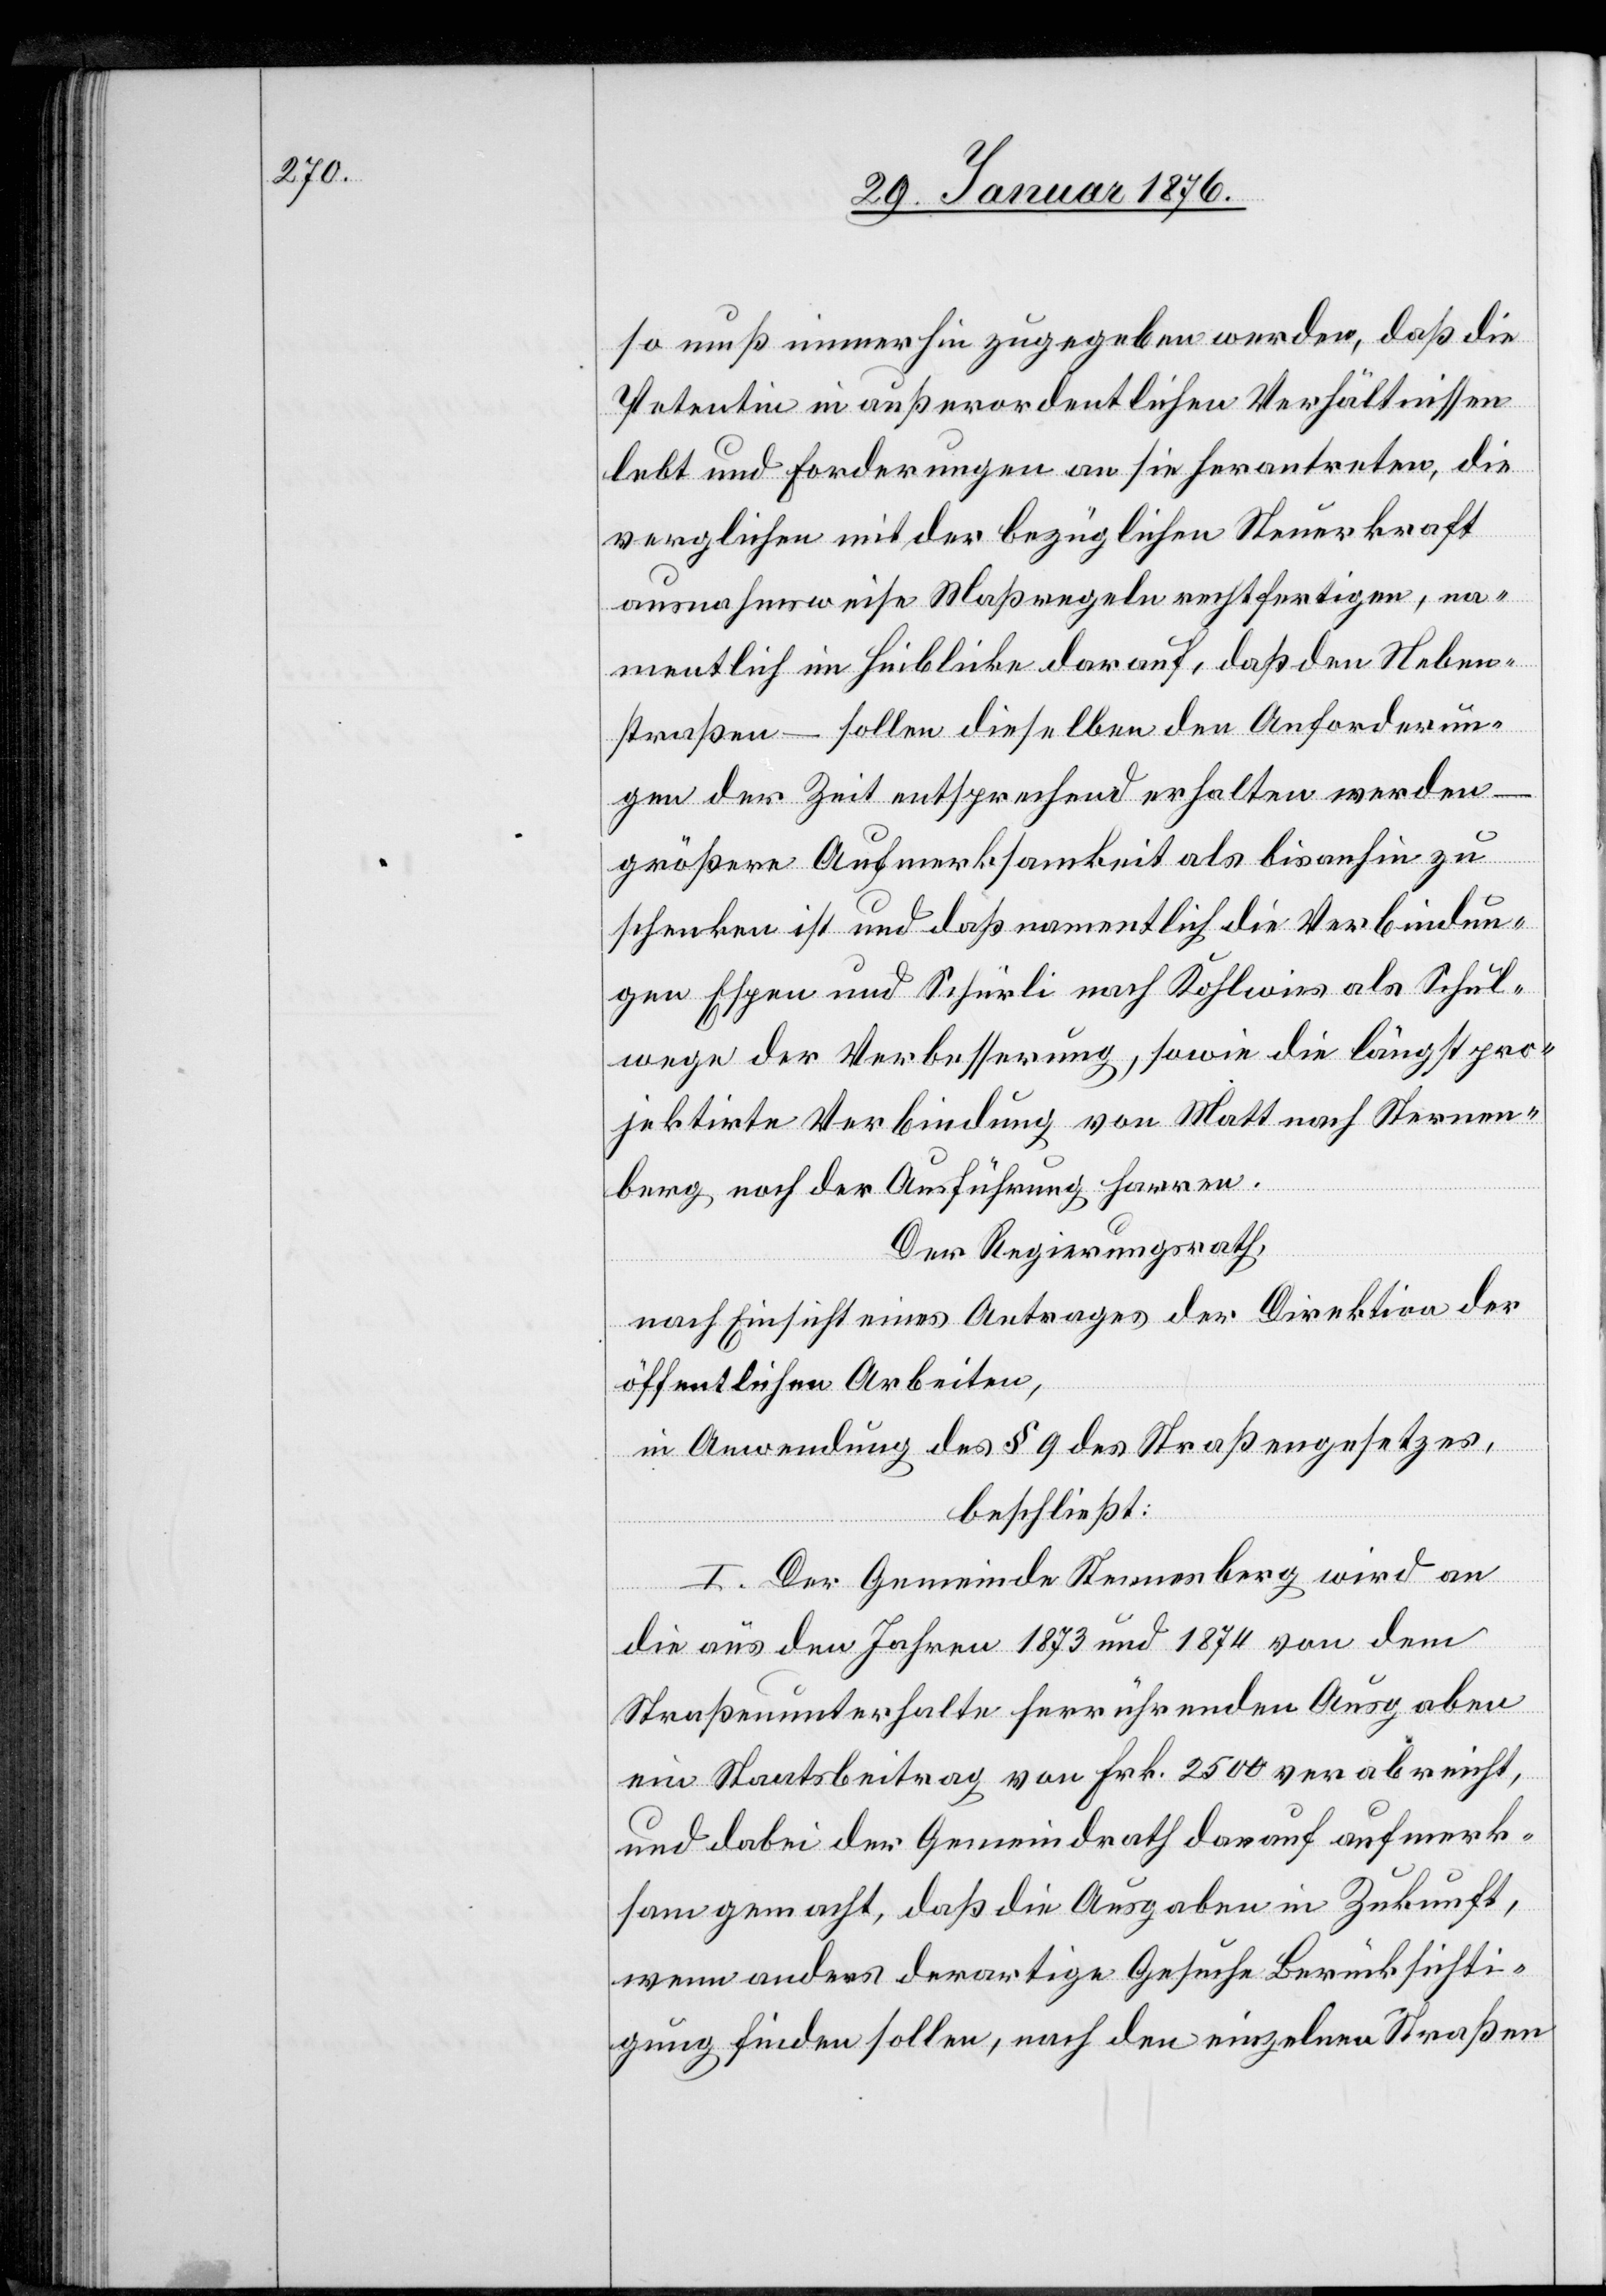
so muß immerhin zugegeben werden, daß die
Petentin in außerordentlichen Verhältnissen
lebt und Forderungen an sie herantreten, die
verglichen mit der bezüglichen Steuerkraft
ausnahmsweise Maßregeln rechtfertigen, na¬
mentlich im Hinblicke darauf, daß den Neben¬
straßen – sollen dieselben den Anforderun¬
gen der Zeit entsprechend erhalten werden
–
größerer Aufmerksamkeit als bis anhin zu
schenken ist und daß namentlich die Verbindun¬
gen Espen und Schürli nach Kohlwies als Schul¬
wege der Verbesserung, sowie die längst pro¬
jektirte Verbindung von Matt nach Sternen¬
berg noch der Ausführung harren.
Der Regierungsrath,
nach Einsicht eines Antrages der Direktion der
öffentlichen Arbeiten,
in Anwendung des § 9 des Straßengesetzes,
beschließt:
I. Der Gemeinde Sternenberg wird an
die aus den Jahren 1873 und 1874 von dem
Straßenunterhalte herrührenden Ausgaben
ein Staatsbeitrag von Frk. 2500 verabreicht,
und dabei der Gemeindrath darauf aufmerk¬
sam gemacht, daß die Ausgaben in Zukunft,
wenn anders derartige Geschäfte Berücksichti¬
gung finden sollen, nach den einzelnen Straßen